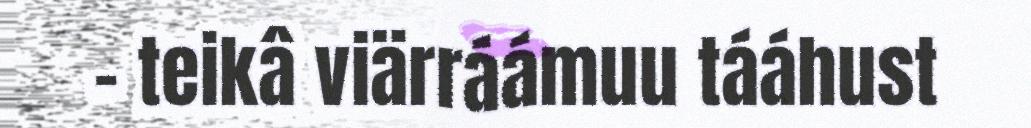
- teikâ viärráámuu tááhust